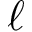
\ell